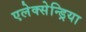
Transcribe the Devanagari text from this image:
एलेक्सेन्ड्रिया